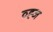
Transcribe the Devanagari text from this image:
व्ह्ज